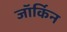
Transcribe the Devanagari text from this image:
जॉर्किन